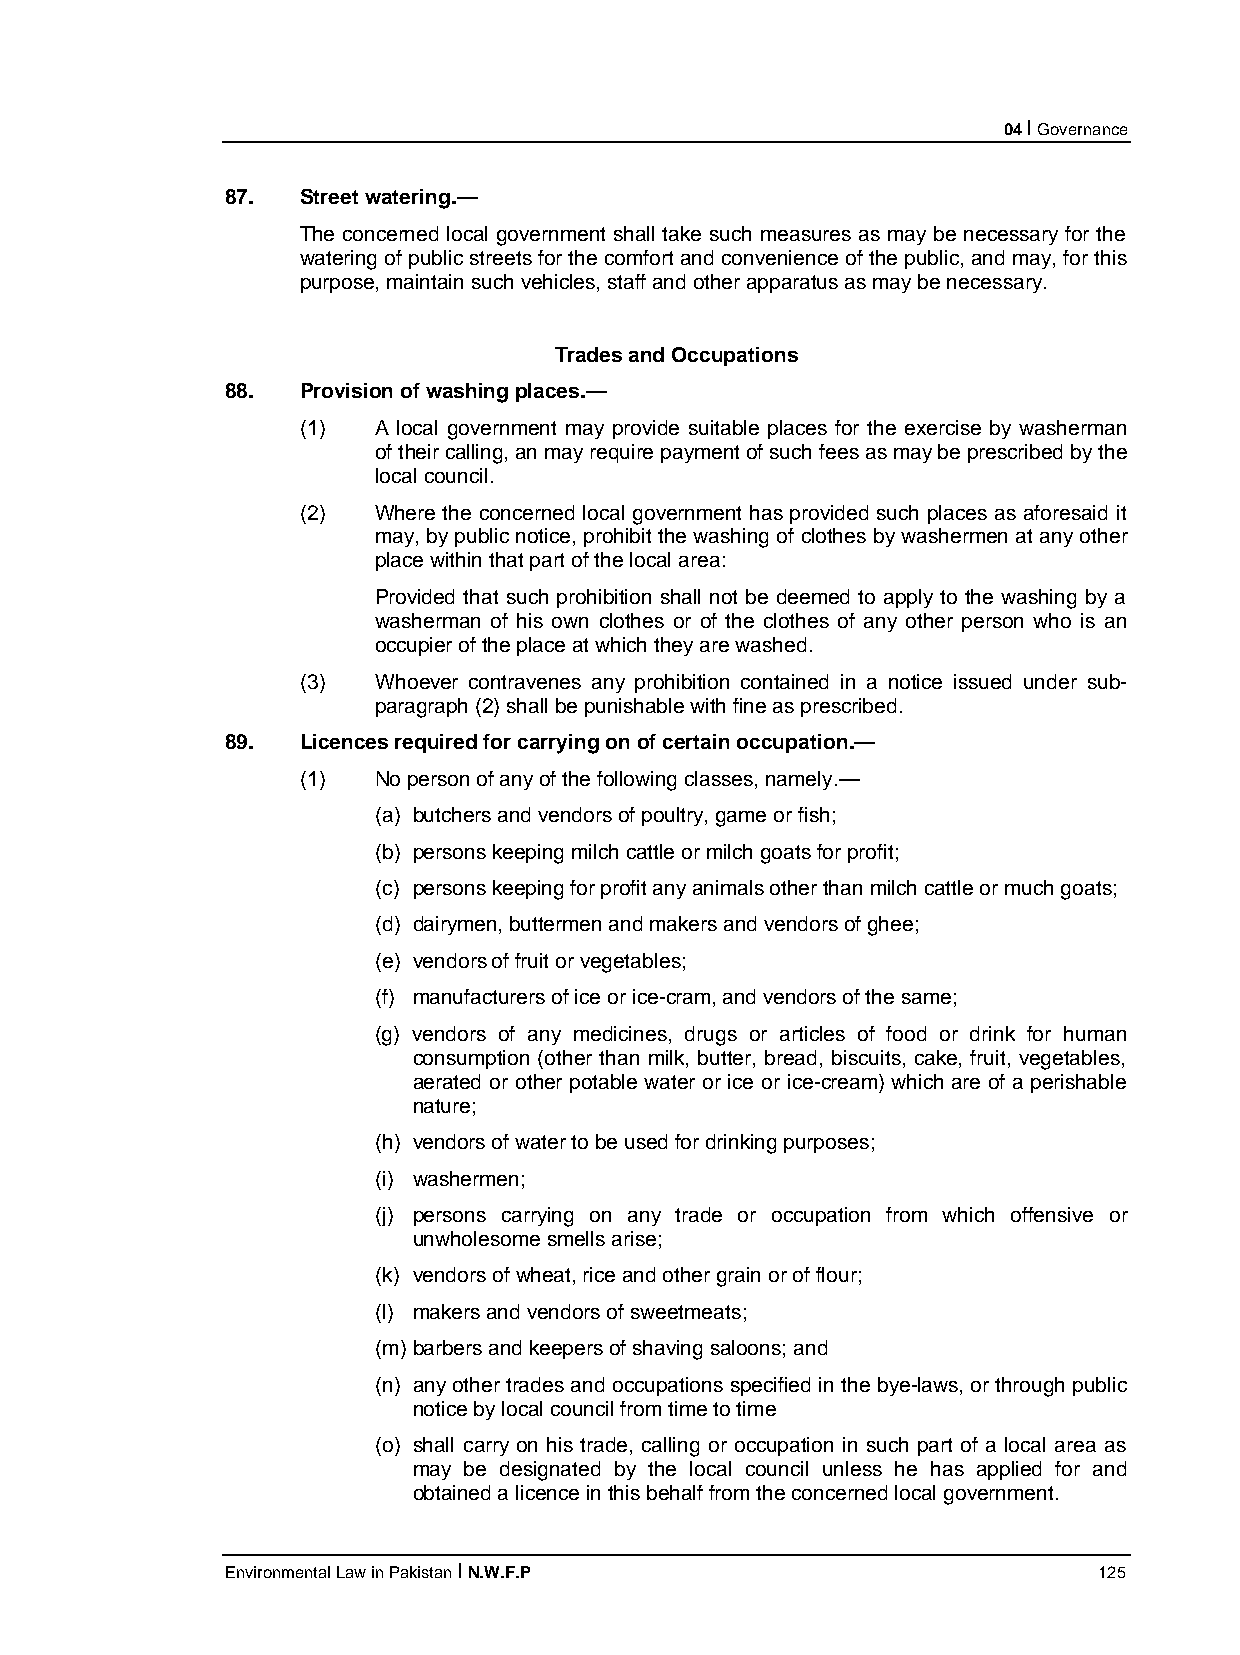
04 I Governance
 87.  Street watering.—
 The concerned local government shall take such measures as may be necessary for the
 watering of public streets for the comfort and convenience of the public, and may, for this
 purpose, maintain such vehicles, staff and other apparatus as may be necessary.
 Trades and Occupations
 88.  Provision of washing places.—
 (1)  A local government may provide suitable places for the exercise by washerman
 of their calling, an may require payment of such fees as may be prescribed by the
 local council.
 (2)  Where the concerned local government has provided such places as aforesaid it
 may, by public notice, prohibit the washing of clothes by washermen at any other
 place within that part of the local area:
 Provided that such prohibition shall not be deemed to apply to the washing by a
 washerman of his own clothes or of the clothes of any other person who is an
 occupier of the place at which they are washed.
 (3)  Whoever contravenes any prohibition contained in a notice issued under sub-
 paragraph (2) shall be punishable with fine as prescribed.
 89.  Licences required for carrying on of certain occupation.—
 (1)  No person of any of the following classes, namely.—
 (a) butchers and vendors of poultry, game or fish;
 (b) persons keeping milch cattle or milch goats for profit;
 (c) persons keeping for profit any animals other than milch cattle or much goats;
 (d) dairymen, buttermen and makers and vendors of ghee;
 (e) vendors of fruit or vegetables;
 (f) manufacturers of ice or ice-cram, and vendors of the same;
 (g) vendors of any medicines, drugs or articles of food or drink for human
 consumption (other than milk, butter, bread, biscuits, cake, fruit, vegetables,
 aerated or other potable water or ice or ice-cream) which are of a perishable
 nature;
 (h) vendors of water to be used for drinking purposes;
 (i) washermen;
 (j) persons carrying on any trade or occupation from which offensive or
 unwholesome smells arise;
 (k) vendors of wheat, rice and other grain or of flour;
 (l) makers and vendors of sweetmeats;
 (m) barbers and keepers of shaving saloons; and
 (n) any other trades and occupations specified in the bye-laws, or through public
 notice by local council from time to time
 (o) shall carry on his trade, calling or occupation in such part of a local area as
 may be designated by the local council unless he has applied for and
 obtained a licence in this behalf from the concerned local government.
 Environmental Law in Pakistan I N.W.F.P                   125